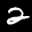
Label: 2